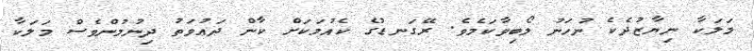
މަލަކާ ނިޔާޒުދެކެ ނުހަނު ލޯބިވާކަމެވެ. ރޭގަނޑުގެ ކެއުމަކަށް ކާން ދަޢުވަތު ދިނުމުންވެސް މަލަކާ